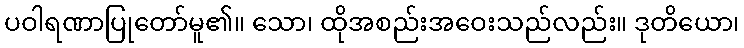
ပဝါရဏာပြုတော်မူ၏။ သော၊ ထိုအစည်းအဝေးသည်လည်း။ ဒုတိယော၊